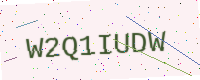
Text: W2Q1IUDW